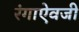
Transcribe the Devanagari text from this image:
रंगाऐवजी